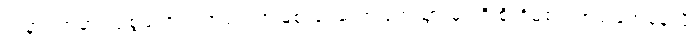
အနာဂတ်မှာ လူ့စွမ်းအား အရင်းအမြစ် ခါးဆက်ပြတ်သွားမှာကို စိုးရိမ်စရာအခြေအနေလို့